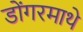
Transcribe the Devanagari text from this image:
डोंगरमाथे